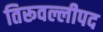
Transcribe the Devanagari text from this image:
तिरूवल्लीपद